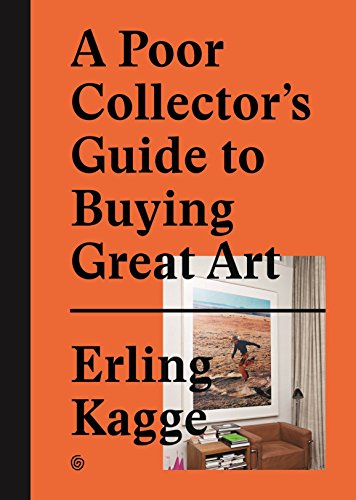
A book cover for A Poor Collector's Guide to Buying Great Art; Crafts, Hobbies & Home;